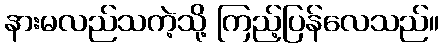
နားမလည်သကဲ့သို့ ကြည့်ပြန်လေသည်။